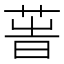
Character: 𦱗